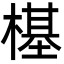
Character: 樭